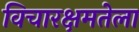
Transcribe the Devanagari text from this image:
विचारक्षमतेला